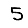
Digit: 5